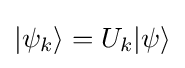
|\psi _{k}\rangle =U_{k}|\psi \rangle